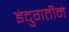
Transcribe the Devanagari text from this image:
इंदुगतीने